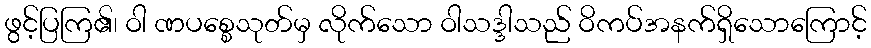
ဖွင့်ပြကြ၏၊ ဝါ ဏပစ္စေသုတ်မှ လိုက်သော ဝါသဒ္ဒါသည် ဝိကပ်အနက်ရှိသောကြောင့်